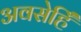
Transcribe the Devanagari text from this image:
अवसेहिँ